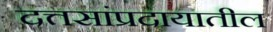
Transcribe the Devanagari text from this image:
दत्तसांप्रदायातील